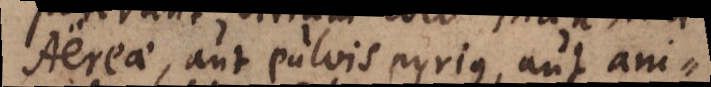
Aereae, aut pulvis pyrius, aut ani-